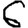
Digit: 6